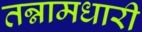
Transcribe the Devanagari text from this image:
तन्नामधारी